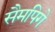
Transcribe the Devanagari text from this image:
सैमपिगे